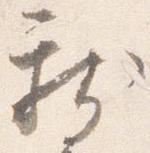
新